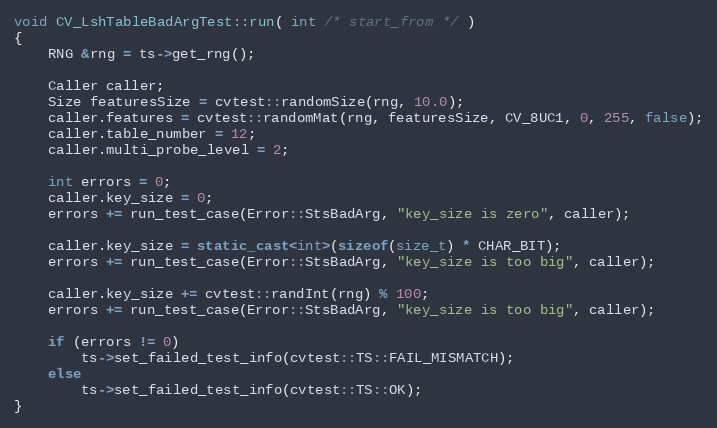
Language: C++
void CV_LshTableBadArgTest::run( int /* start_from */ )
{
    RNG &rng = ts->get_rng();

    Caller caller;
    Size featuresSize = cvtest::randomSize(rng, 10.0);
    caller.features = cvtest::randomMat(rng, featuresSize, CV_8UC1, 0, 255, false);
    caller.table_number = 12;
    caller.multi_probe_level = 2;

    int errors = 0;
    caller.key_size = 0;
    errors += run_test_case(Error::StsBadArg, "key_size is zero", caller);

    caller.key_size = static_cast<int>(sizeof(size_t) * CHAR_BIT);
    errors += run_test_case(Error::StsBadArg, "key_size is too big", caller);

    caller.key_size += cvtest::randInt(rng) % 100;
    errors += run_test_case(Error::StsBadArg, "key_size is too big", caller);

    if (errors != 0)
        ts->set_failed_test_info(cvtest::TS::FAIL_MISMATCH);
    else
        ts->set_failed_test_info(cvtest::TS::OK);
}